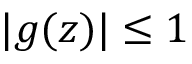
| g ( z ) | \leq 1